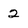
Character: 2